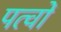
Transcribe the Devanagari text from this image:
पत्वों